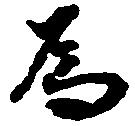
為